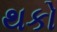
થકો